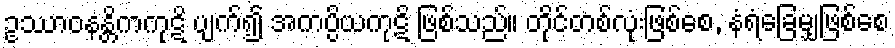
ဥဿာဝနန္တိကကုဋိ ပျက်၍ အကပ္ပိယကုဋိ ဖြစ်သည်။ တိုင်တစ်လုံးဖြစ်စေ, နံရံခြေမျှဖြစ်စေ